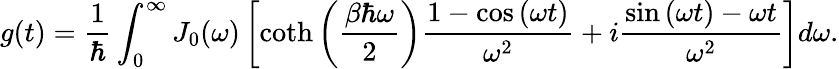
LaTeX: g(t)=\frac{1}{\hbar}\int_{0}^{\infty}J_{0}(\omega)\left[\coth{\left(\frac{\beta\hbar\omega}{2}\right)}\frac{1-\cos{(\omega t)}}{\omega^{2}}+i\frac{\sin{(\omega t)}-\omega t}{\omega^{2}}\right]d\omega.